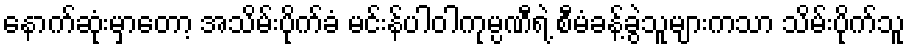
နောက်ဆုံးမှာတော့ အသိမ်းပိုက်ခံ မင်းန်ပါဝါကုမ္ပဏီရဲ့ စီမံခန့်ခွဲသူများကသာ သိမ်းပိုက်သူ